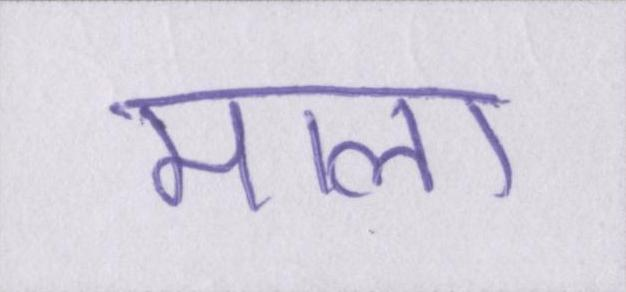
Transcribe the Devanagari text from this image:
माला